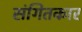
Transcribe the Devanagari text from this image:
संगितकार